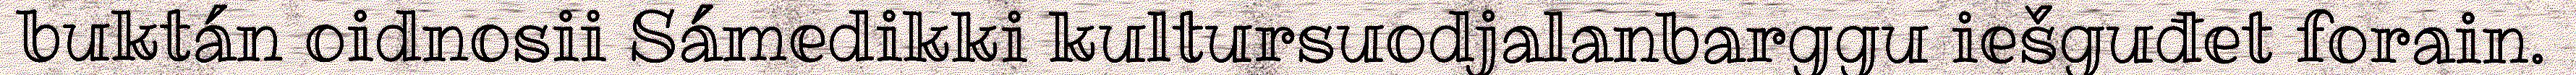
buktán oidnosii Sámedikki kultursuodjalanbarggu iešguđet forain.